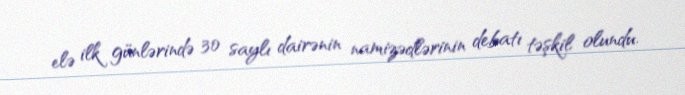
elə ilk günlərində 30 saylı dairənin namizədlərinin debatı təşkil olundu.